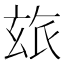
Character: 玈